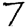
Digit: 7